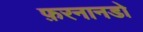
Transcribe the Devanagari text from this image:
फ़रनानडो